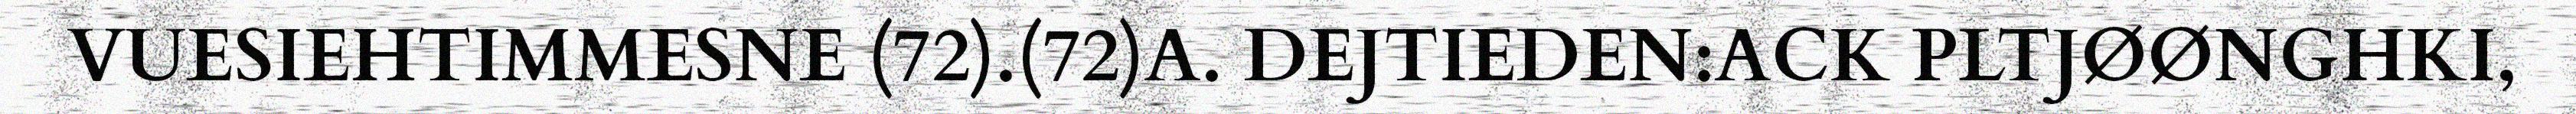
VUESIEHTIMMESNE (72).(72)A. DEJTIEDEN:ACK PLTJØØNGHKI,